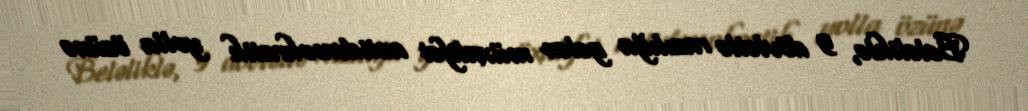
Beləliklə, 9 dövlətlə razılığa gələn müxalifət antidemokratik yolla özünə